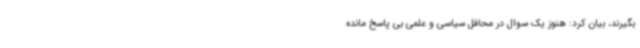
بگیرند، بیان کرد: هنوز یک سوال در محافل سیاسی و علمی بی پاسخ مانده